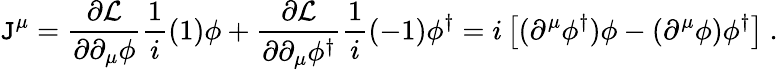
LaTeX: \mathtt{J}^{\mu}=\frac{{\partial{\cal{L}}}}{{\partial\partial_{\mu}\phi}}\frac{{1}}{{i}}(1)\phi+\frac{{\partial{\cal{L}}}}{{\partial\partial_{\mu}\phi^{\dagger}}}\frac{{1}}{{i}}(-1)\phi^{\dagger}=i\left[(\partial^{\mu}\phi^{\dagger})\phi-(\partial^{\mu}\phi)\phi^{\dagger}\right]~.